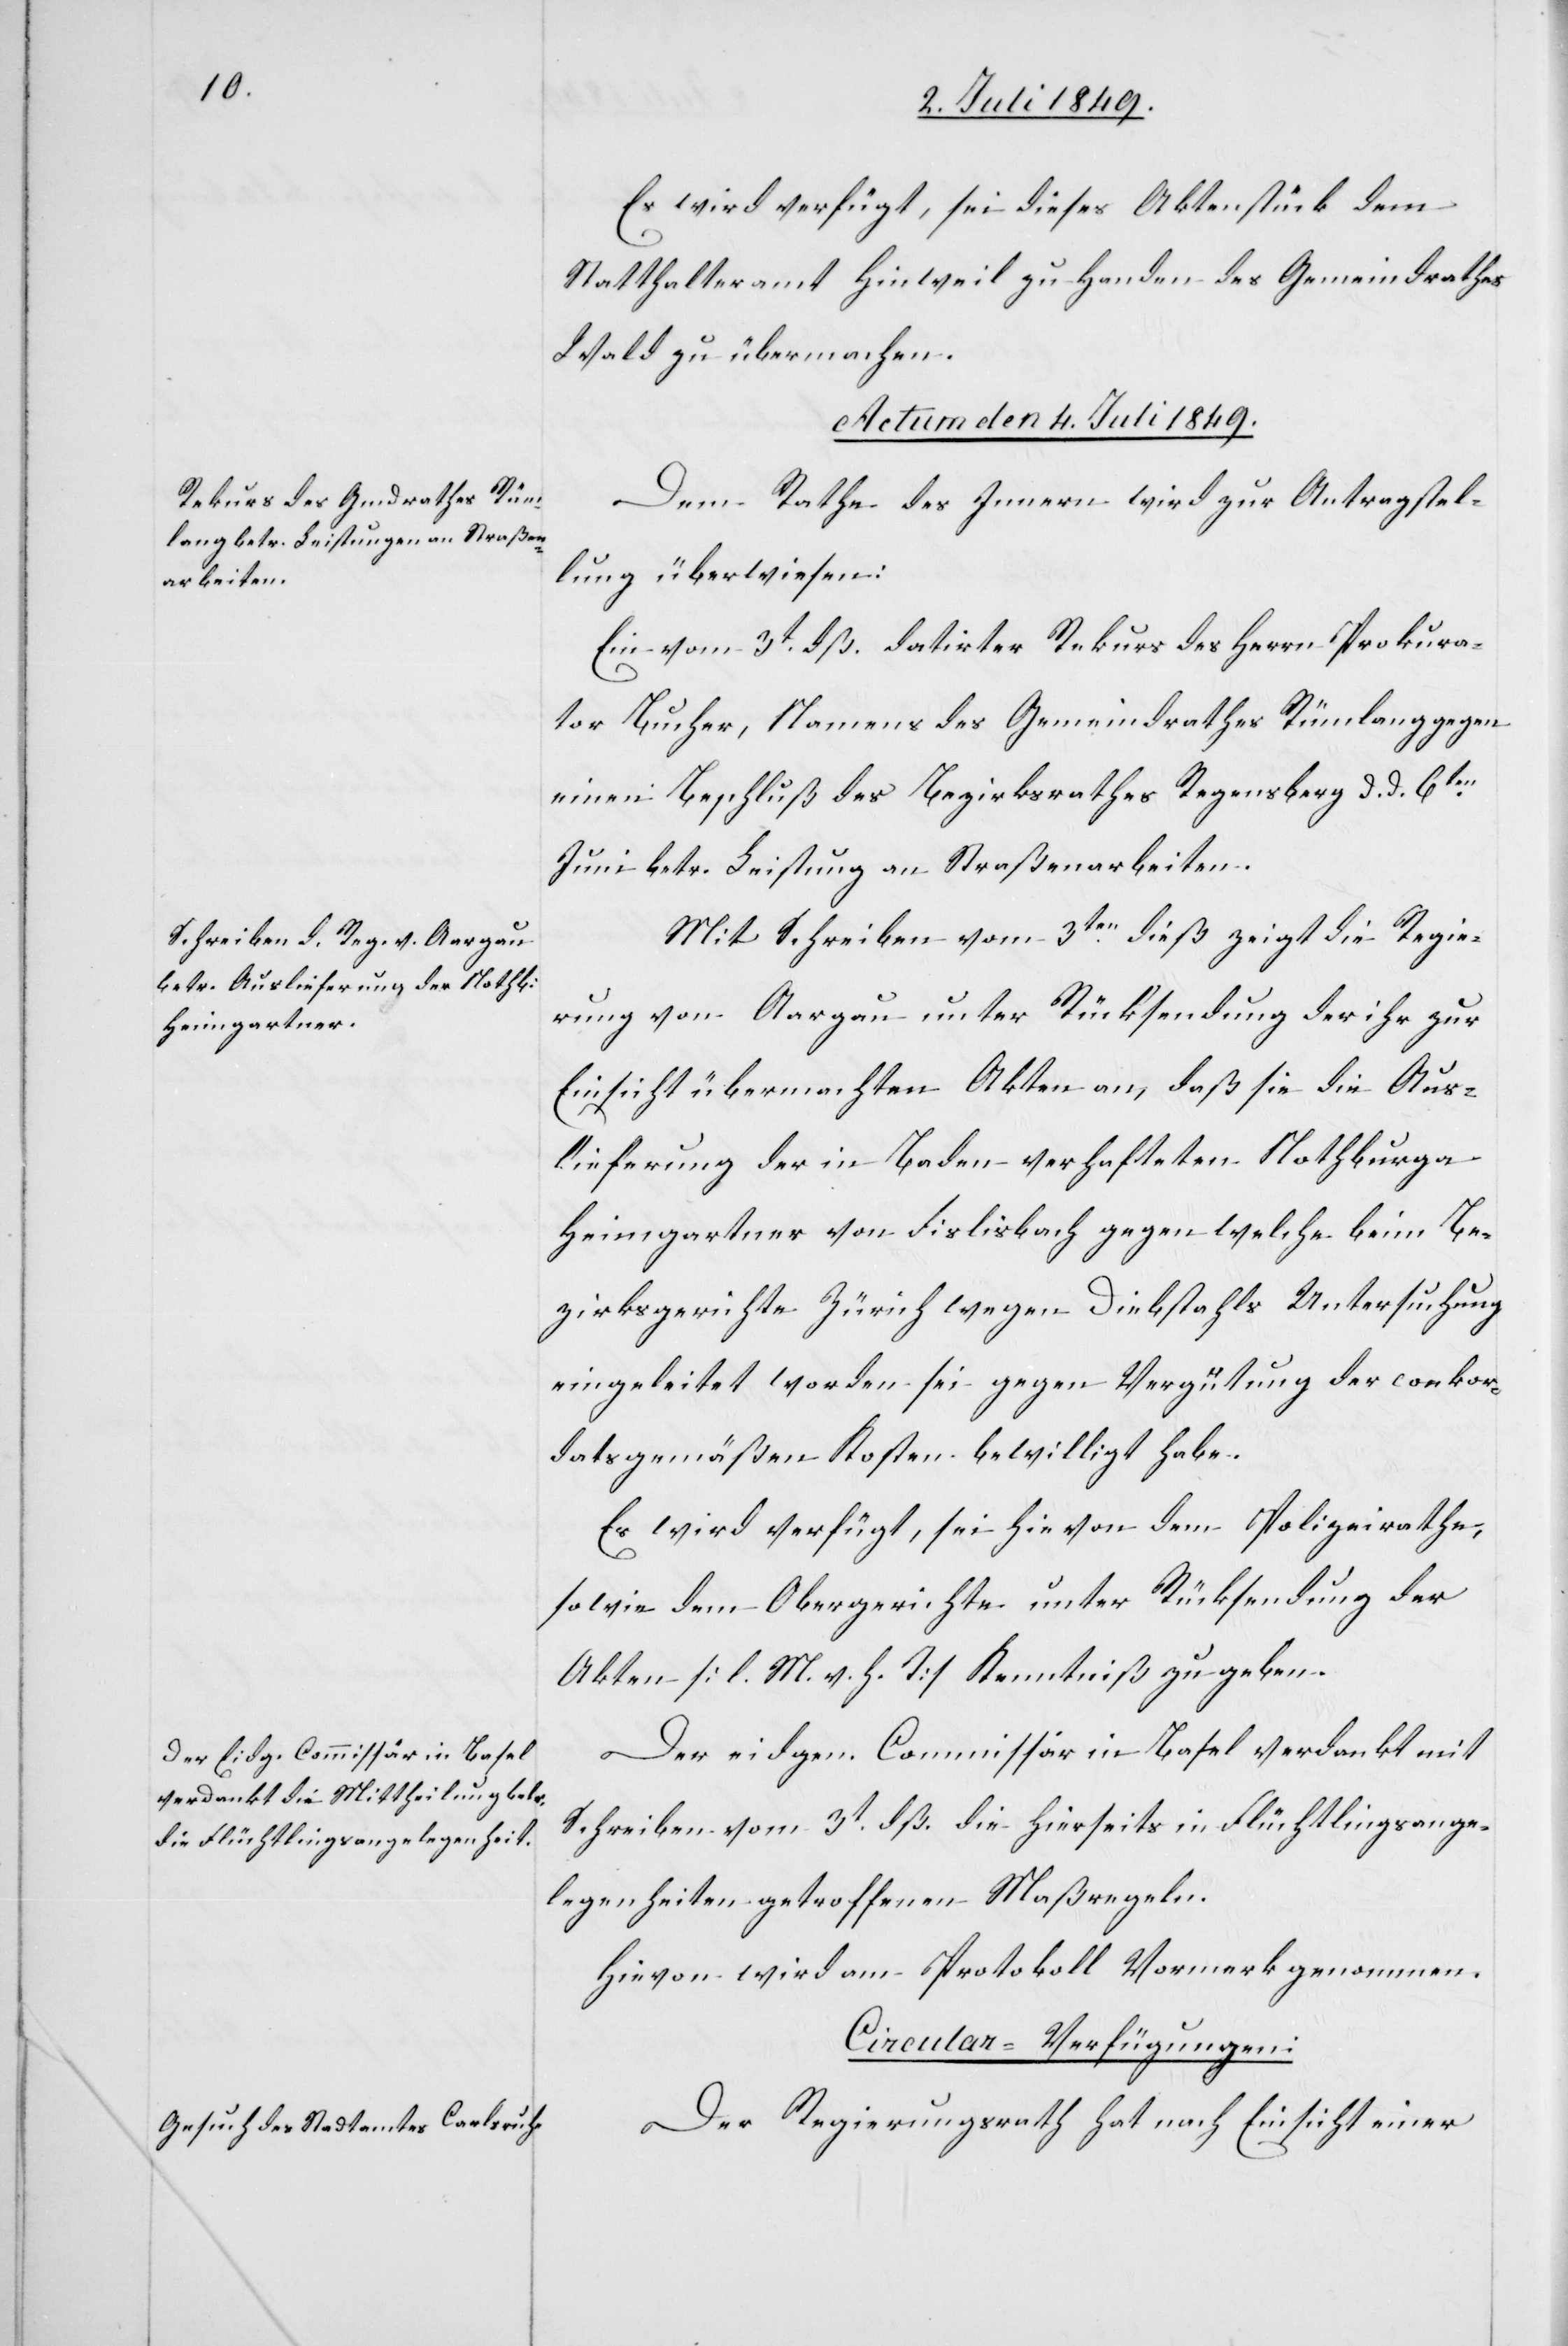
Es wird verfügt, sei dieses Aktenstück dem
Statthalteramt Hinweil zu Handen des Gemeindrathes
Wald zu übermachen.
[Actum den 4. Juli 1849.]
Dem Rathe des Innern wird zur Antragstel¬
lung überwiesen:
Ein vom 3t dß. datirter Rekurs des Herrn Prokura¬
tor Bucher, Namens des Gemeindrathes Rümlang gegen
einen Beschluß des Bezirksrathes Regensberg d. d. 6ten
Juni betr. Leistung an Straßenarbeiten.
Mit Schreiben vom 3ten dieß zeigt die Regie¬
rung von Aargau unter Rücksendung der ihr zur
Einsicht übermachten Akten an, daß sie die Aus¬
lieferung der in Baden verhafteten Nothburga
Heimgartner von Fislisbach gegen welche beim Be¬
zirksgerichte Zürich wegen Diebstahls Untersuchung
eingeleitet worden sei gegen Vergütung der conkor¬
datsgemäßen Kosten bewilligt habe.
Es wird verfügt, sei hie von dem Polizeirath,
sowie dem Obergerichte unter Rücksendung der
Akten [l. M. v. h. T] Kenntniß zu geben.
Der eidgen. Commissär in Basel verdankt mit
Schreiben vom 3t dß. die hierseits in Flüchtlingsange¬
legenheiten getroffenen Maßregeln.
Hievon wird am Protokoll Vormerk genommen.
Circular-Verfügungen:
Der Regierungsrath hat nach Einsicht einer